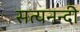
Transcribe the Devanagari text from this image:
सत्यनन्दी